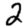
Digit: 2